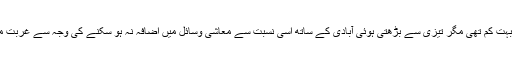
عرصہ 30/35برس قبل تک لاہور میں گداگروں کی تعداد بہت کم تھی مگر تیزی سے بڑھتی ہوئی آبادی کے ساتھ اسی نسبت سے معاشی وسائل میں اضافہ نہ ہو سکنے کی وجہ سے غربت میں اضافہ ہو گیا اور بتدریج گداگروں کی تعداد بڑھنے لگی۔